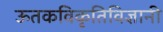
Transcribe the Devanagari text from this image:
ऊतकविकृतिविज्ञानी